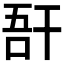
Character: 𢆖